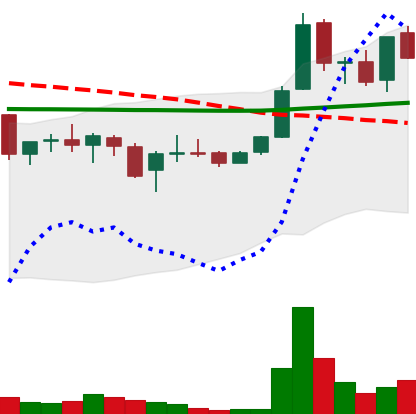
Ticker: LINK-USD
Chart end date: 2019-01-09
Forward return: 20.87%
Label: up_7plus